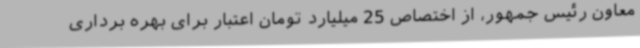
معاون رئیس جمهور، از اختصاص 25 میلیارد تومان اعتبار برای بهره برداری